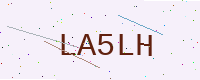
Text: LA5LH